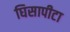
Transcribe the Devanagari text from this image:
घिसापीटा